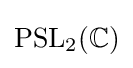
{\text{PSL}}_{2}(\mathbb {C} )